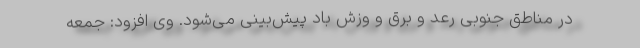
در مناطق جنوبی رعد و برق و وزش باد پیش‌بینی می‌شود. وی افزود: جمعه